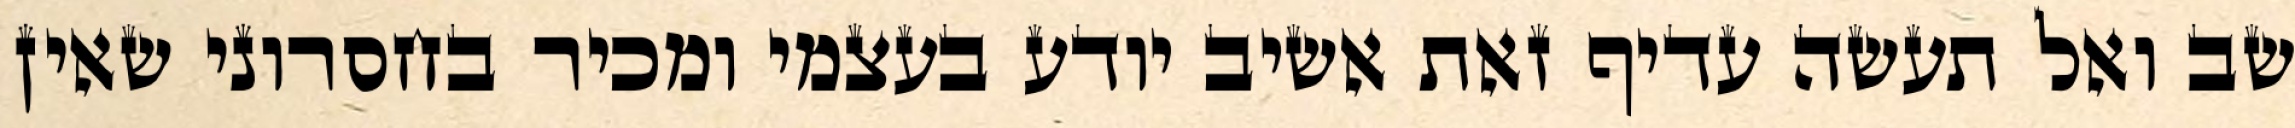
שב ואל תעשה עדיף זאת אשיב יודע בעצמי ומכיר בחסרוני שאין